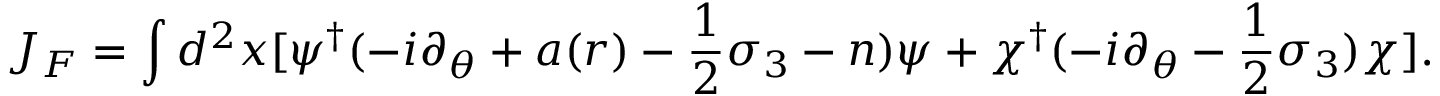
J _ { F } = \int d ^ { 2 } x [ \psi ^ { \dagger } ( - i \partial _ { \theta } + a ( r ) - { \frac { 1 } { 2 } } \sigma _ { 3 } - n ) \psi + \chi ^ { \dagger } ( - i \partial _ { \theta } - { \frac { 1 } { 2 } } \sigma _ { 3 } ) \chi ] .